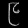
Digit: ၉